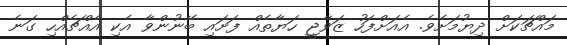
މައްޗަކަށް ދިޔުމަށެވެ. އެއަށްފަހު ޒަވާޖީ ހަޔާތެއް ފަށައި ބޭނުންވާ އެކި އެއްޗެއްހި ގަނެ